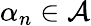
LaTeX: \alpha_{n}\in\mathcal{A}